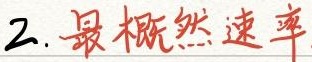
2. 最概然速率